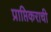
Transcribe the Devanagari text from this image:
प्राप्तिकराची